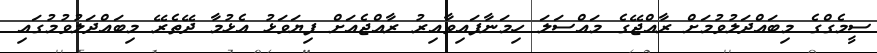
ސީމެގްގެ މިބައްދަލުވުމަށް ރާއްޖޭގެ މައްސަލަ ހިމަނާފައިވާއިރު ރާއްޖެއަށް ފިޔަވަޅު އެޅުމާ ދޭތެރޭ މިބައްދަލުވުމުގައި